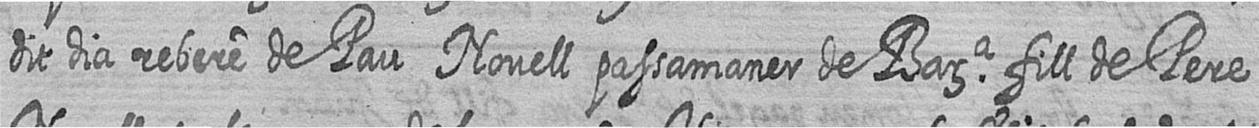
dit dia rebere de Pau Novell passamaner de Bara fill de Pere